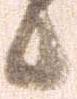
候